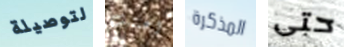
لتوصيلة اعتنيت المذكرة حتى